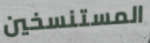
المستنسخين